Riigikantselei, lk 54
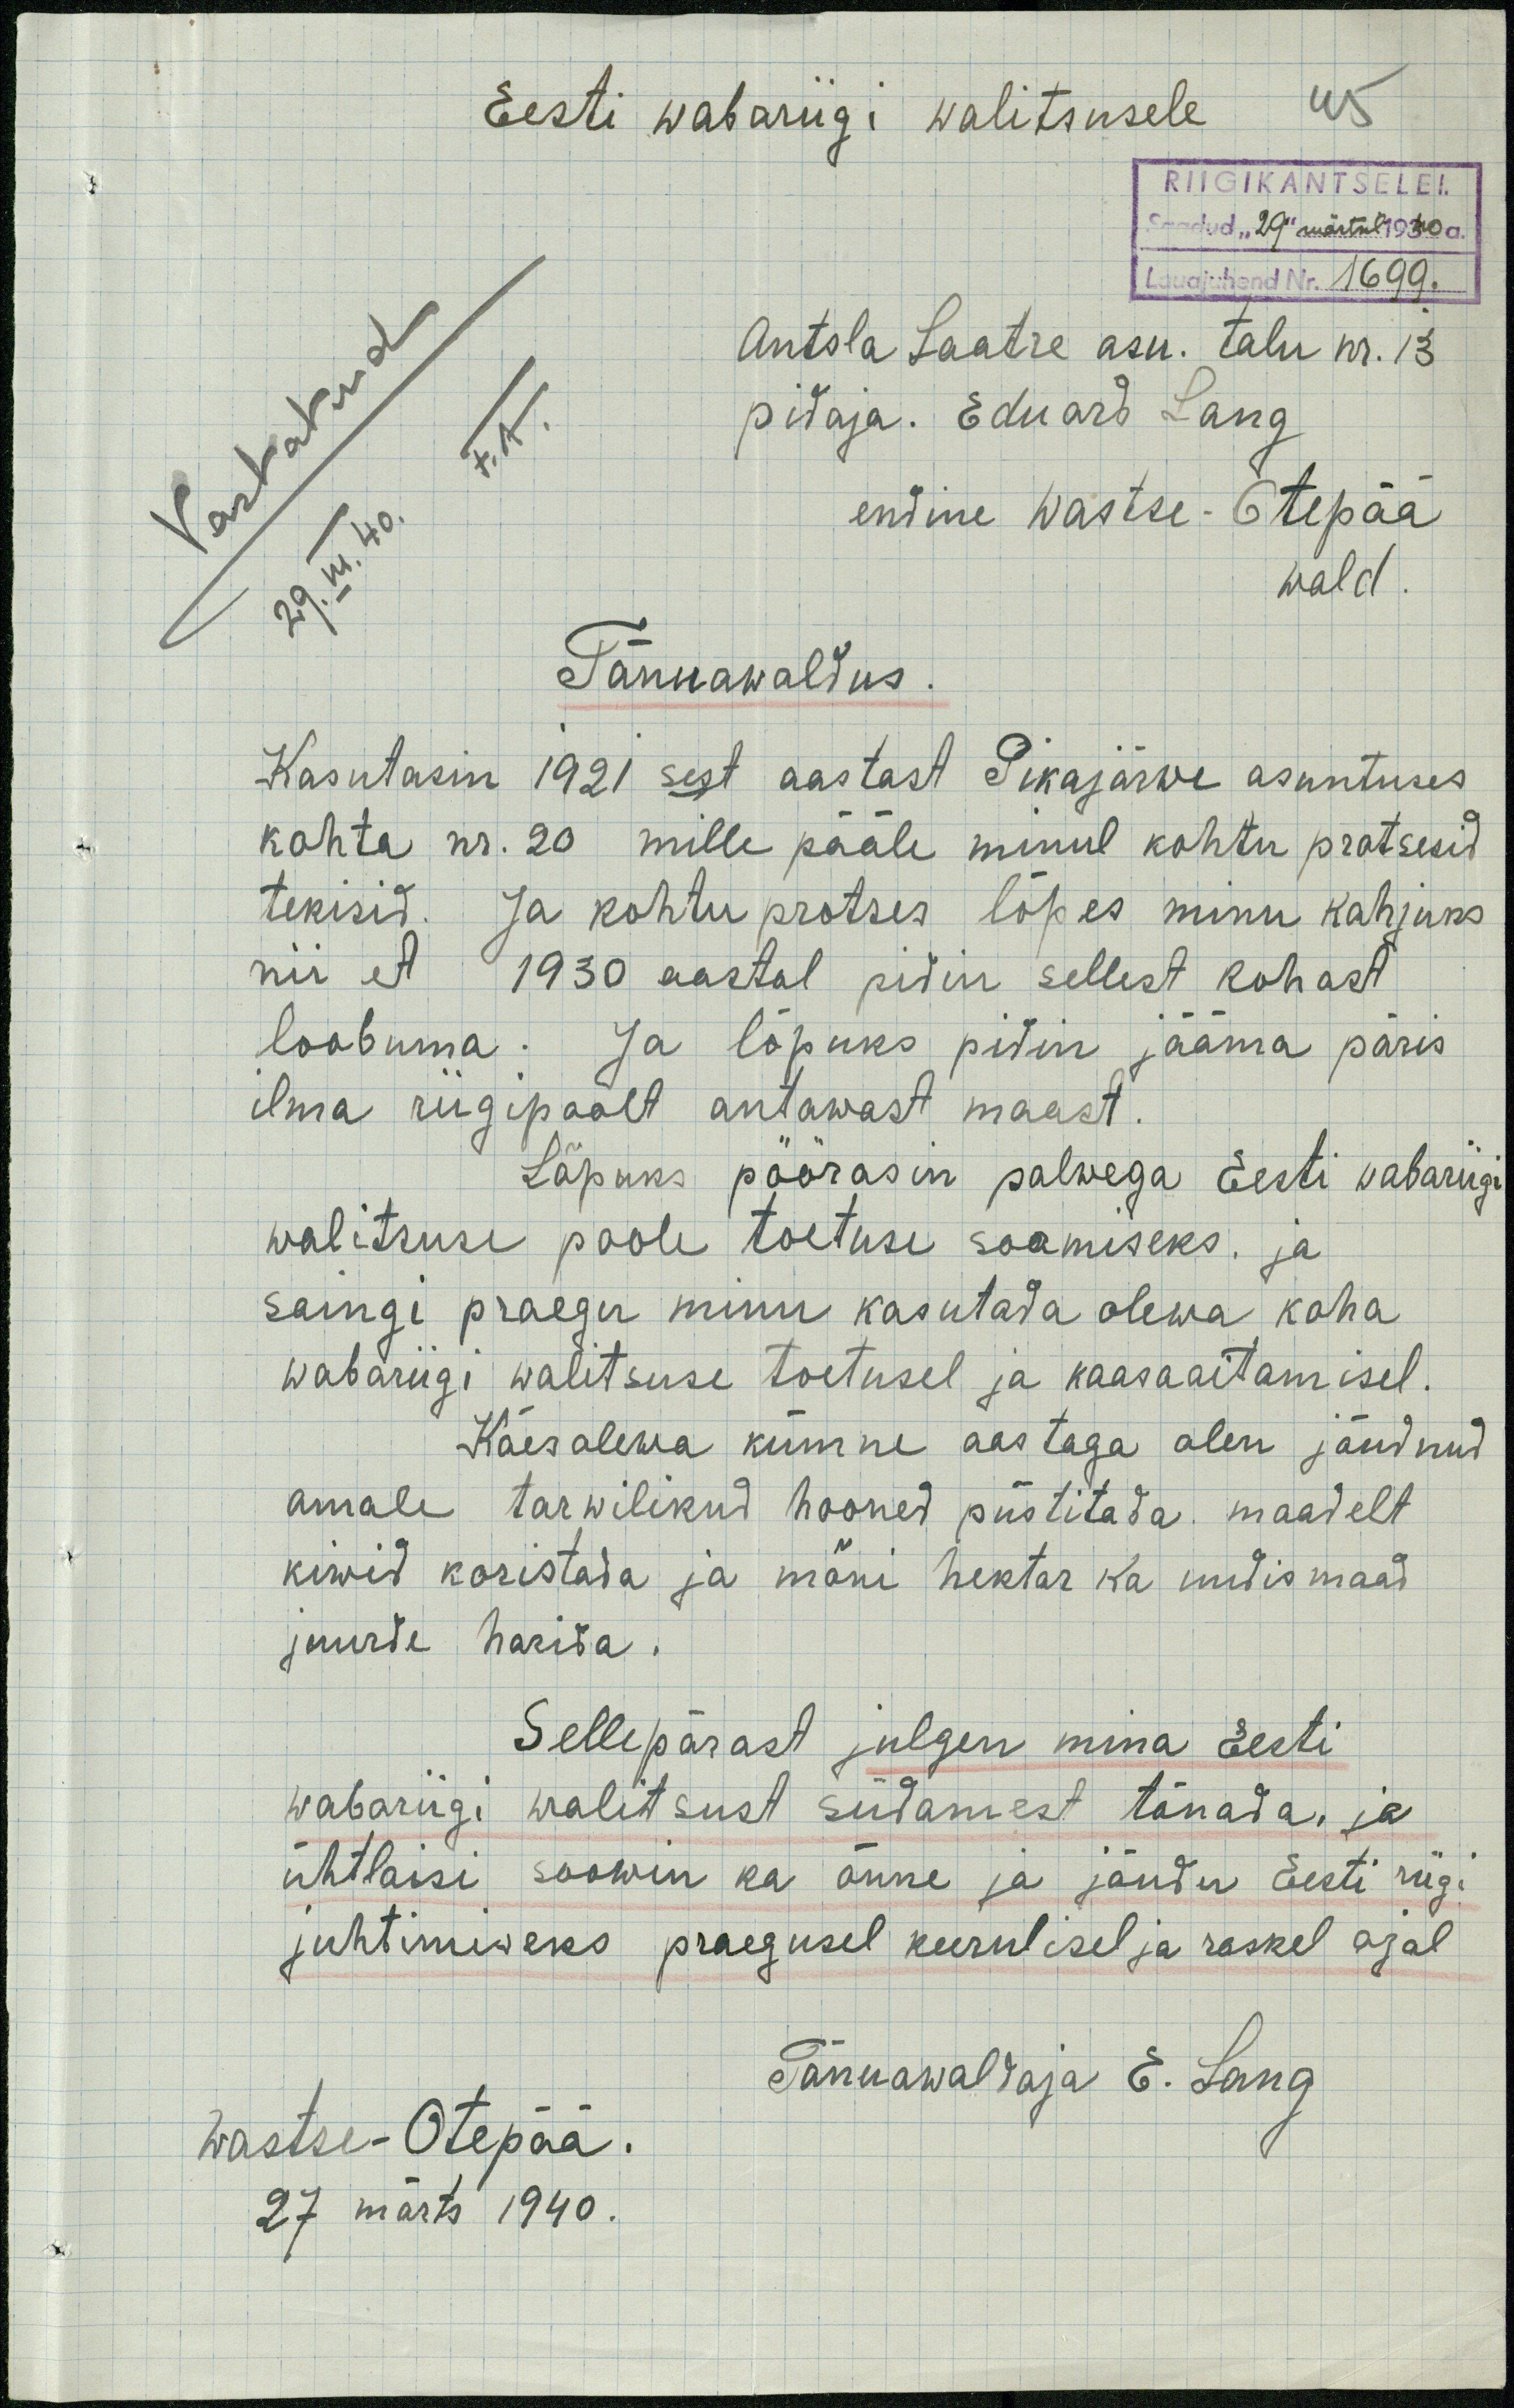
Eesti Wabariigi Walitsusele
RIIGIKANTSELEI.
Saadud "29" märtsil 1940 a.
Lauajuhend Nr. 1699.
Antsla Laatre asu. talu nr. 13
pidaja. Eduard Lang
endine Wastse-Otepää
wald
Tänuawaldus
Kasutasin 1921 sest aastast Pikajärwe asuntuses
kohta nr. 20 mille pääle minul kohtu protsesid
tekisid. Ja kohtu protses lõpes minu kahjuks
nii et 1930 aastal pidin sellest kohast
loobuma. Ja lõpuks pitin jääma päris
ilma riigipoolt antawast maast.
Lõpuks pöörasin palwega Eesti vabariigi
walitsuse poole toetuse saamiseks. ja
saingi praegu minu kasutada olewa koha
wabariigi walitsuse toetusel ja kaasaaitamisel.
Käesolewa kümne aastaga olen jõudnud
omale tarwilikud hooned püstitada maadelt
kiwid koristada ja mõni hektar ka uudismaad
juurde harida.
Sellepärast julgen mina Eesti
wabariigi walitsust südamest tänada ja
ühtlaisi soowin ka õnne ja jõudu Eesti riigi
juhtimiseks praegusel keerulisel ja raskel ajal
wastse-Otepää.
Tänuawaldaja E. Lang
27 märts 1940.